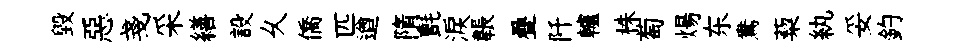
毁惡戔采繕設乆僑匹遒隋氈淚韔疊阡轤株萄煬东鴦蔾紈妥釣